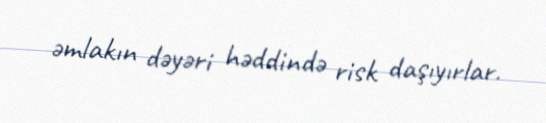
əmlakın dəyəri həddində risk daşıyırlar.